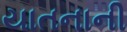
યાતનાની